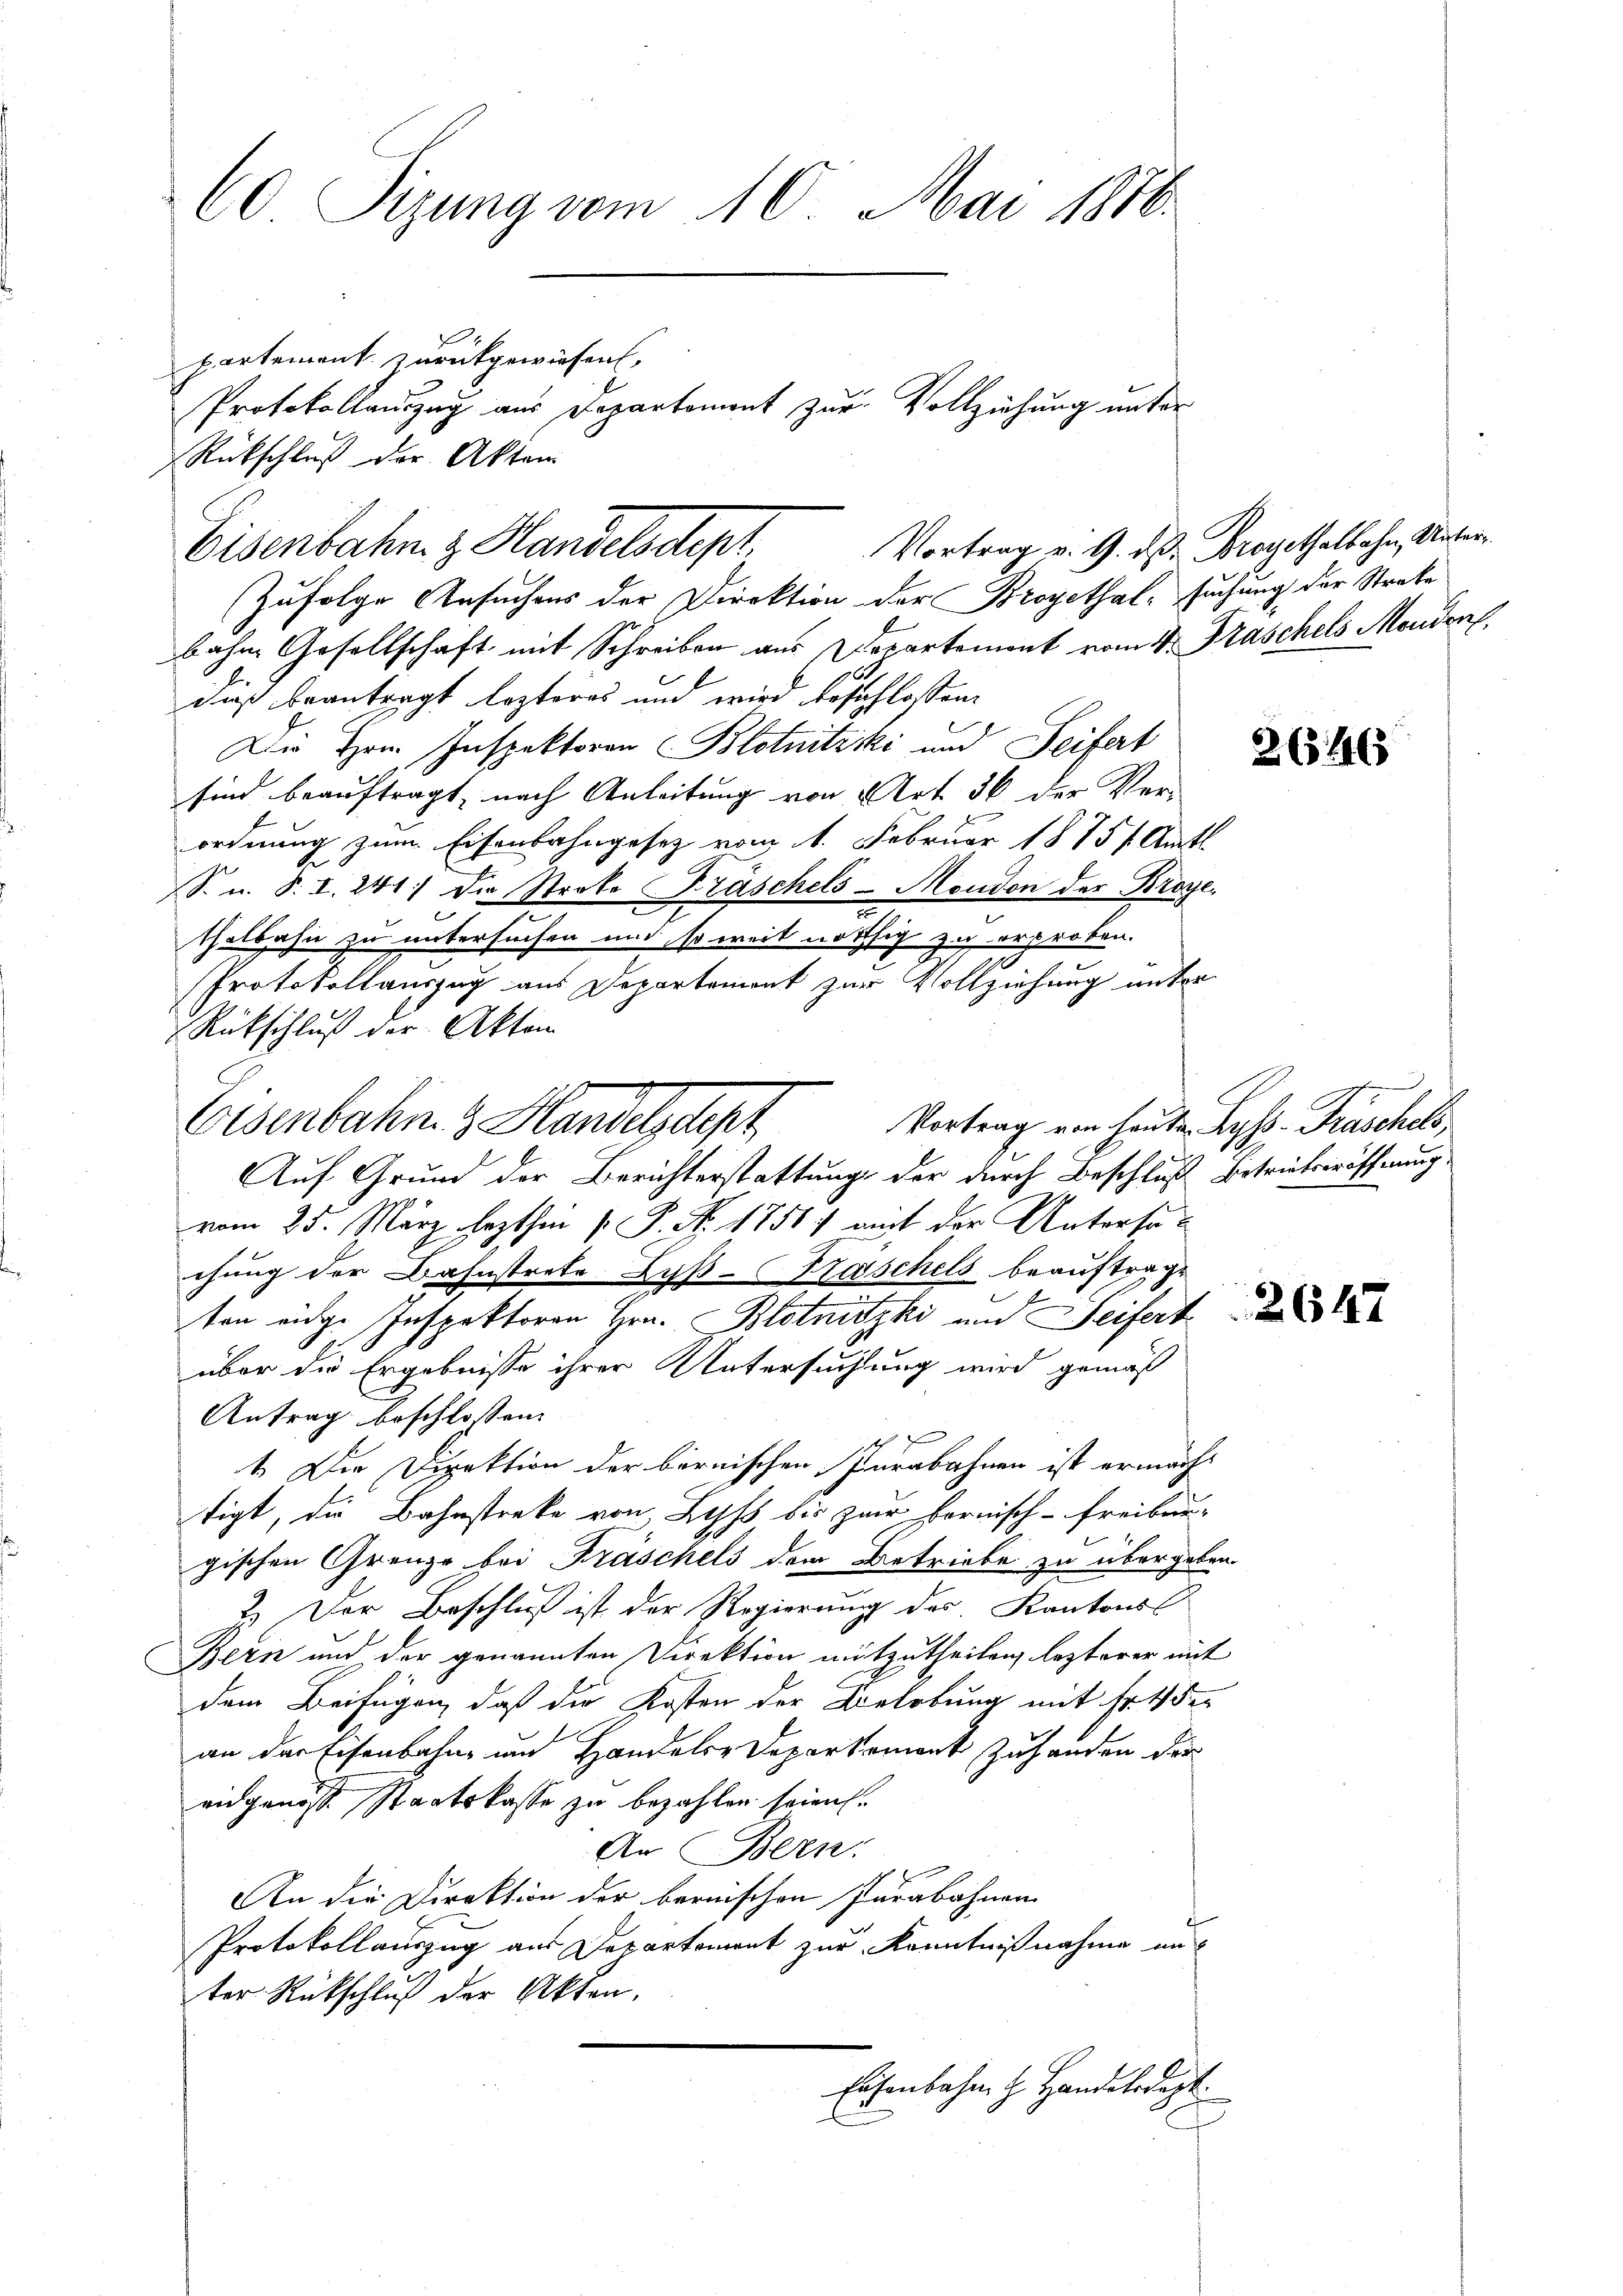
60 Sizung vom 10. Mai 1816.
partement zurückgewiesen,
Protokollauszug aus Departement zur Vollziehung unter
Rückschluß der Akten

bahne Gesellschaft mit Schreiben aus Departemont vom 14. Fraschels Mondere
dieß beantragt lezteres und wird beschlossen.
Die Herrn Inspektoren Blotnitzki und Seifert
sind beauftragt, nach Anleitung von Art. 36 der Ver-
ordnung zum Eisenbahngesetz vom 1. Februar 1815. Amtl.
S. u. S. I. 241) Die Strobe Fraschels-Moudon des Broyer
thalbahn zu untersuchen und so weit nöthig zu erproben.
Protokollauszug aus Departemont zur Vollziehung unter
Rückschluß der Akten
Vortrag von heuten Lyss. Fraschels,
Auf Grund der Berichterstattung der durch Beschluß betriebseröffnung
vom 25. März lezthin v. P. Nr. 1758) mit der Untersuchung der Bahnstrete Lyß-Kaschels beauftrage
ten eine Inspektoren Hrn. Blotnizki und Seifert
über die Ergebnisse ihrer Untersuchung wird gemäß
Antrag beschlossen:
ich
1. Die Direktion der bernischen Iurabahnen ist ermacht
tigt, die Bahnstreke von Lyss bis zur Fornisch-Freibun
gischen Grenze bei Fraschels dem Betriebe zu übergeben.
2.) Der Beschluß ist der Regierung des Kantons
Bern und der genannten Direktion mitzutheilen, lezterer mit
dem Beifügen, daß die Kosten der Belebung mit Fr. 4 der
an der Eisenbahn und Handels-Departement zu handen der
eidgenösse Staatskasse zu bezahlen seien.
An Bern:
An die Direktion der bernischen Jurabahnen
e
Protokollauszug aus Departement zur Kenntnißnahme unter Rückschluß der Akten,
Eisenbahn z. Handelsdept.

Eisenbahn z Handelsdept. Vortrag v. 9. ds. Mayethalbahn, Unter
Zufolge Ansuchens der Direktion der Broyethal, suchung der Straka

Eisenbahn & Handelscept

26346